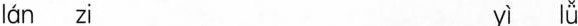
án zi yì lǚ